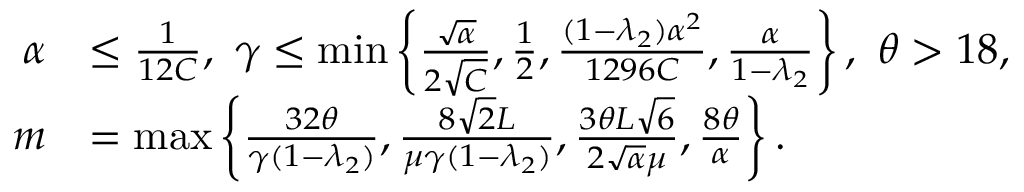
\begin{array} { r l } { \alpha } & { \leq \frac { 1 } { 1 2 C } , \ \gamma \leq \operatorname* { m i n } \left\{ \frac { \sqrt { \alpha } } { 2 \sqrt { C } } , \frac { 1 } { 2 } , \frac { ( 1 - \lambda _ { 2 } ) \alpha ^ { 2 } } { 1 2 9 6 C } , \frac { \alpha } { 1 - \lambda _ { 2 } } \right\} , \ \theta > 1 8 , } \\ { m } & { = \operatorname* { m a x } \left\{ \frac { 3 2 \theta } { \gamma ( 1 - \lambda _ { 2 } ) } , \frac { 8 \sqrt { 2 } L } { \mu \gamma ( 1 - \lambda _ { 2 } ) } , \frac { 3 \theta L \sqrt { 6 } } { 2 \sqrt { \alpha } \mu } , \frac { 8 \theta } { \alpha } \right\} . } \end{array}